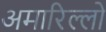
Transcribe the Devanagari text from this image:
अमारिल्लो